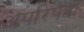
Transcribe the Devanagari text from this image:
अपरिपक्क